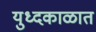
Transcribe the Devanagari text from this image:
युध्दकाळात